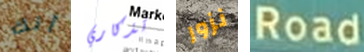
أنك تذكاري نزور Road